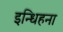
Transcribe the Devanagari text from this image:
इन्धिहना